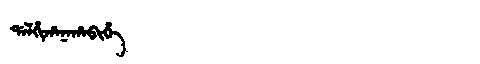
Manchu: ᡩᠠᠯᡥᡳᡥᠠᠨᠠᡥᠠᠪᡳᡥᡝ
Romanization: DALHIHANAHABIHE